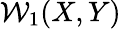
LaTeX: \mathcal{W}_{1}(X,Y)